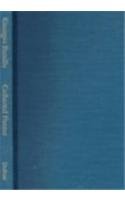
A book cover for The Collected Poems of Georges Bataille; Georges Bataille; Literature & Fiction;